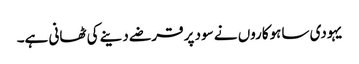
یہودی ساہوکاروں نے سود پر قرضے دینے کی ٹھانی ہے۔